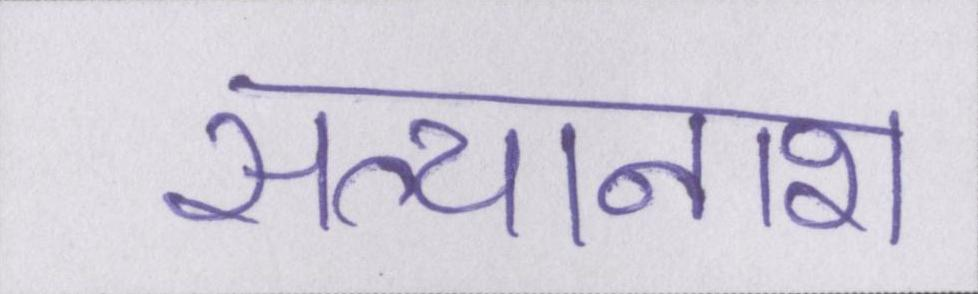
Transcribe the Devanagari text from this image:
सत्यानाश